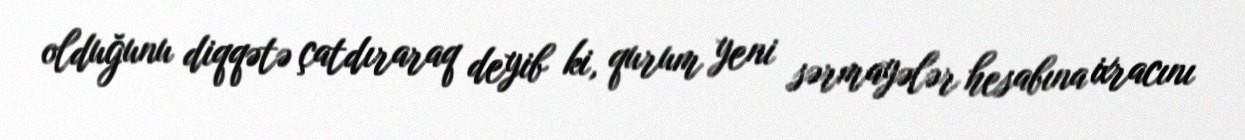
olduğunu diqqətə çatdıraraq deyib ki, qurum yeni sərmayələr hesabına ixracını